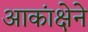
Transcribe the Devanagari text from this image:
आकांक्षेने